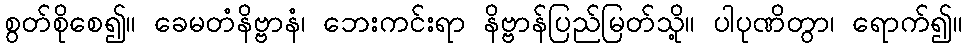
စွတ်စိုစေ၍။ ခေမတံနိဗ္ဗာနံ၊ ဘေးကင်းရာ နိဗ္ဗာန်ပြည်မြတ်သို့။ ပါပုဏိတွာ၊ ရောက်၍။